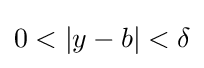
0<\left|y-b\right|<\delta